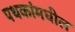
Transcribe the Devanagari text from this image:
पथकांमधील